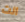
انت